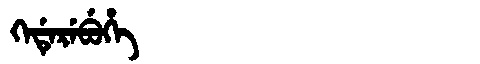
Manchu: ᡴᡝᡩᡝᡵᡝᠪᡠᡥᡝ
Romanization: KEDEREBUHE